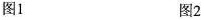
图1 图2